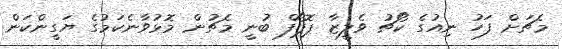
މެޗަށް ފަހު ނިއުގެ ކޯޗު ވެލީޒާ ޕޮޕޯފް ބުނީ މެޗުން މޮޅުވާނެކަމުގެ ޔަގީންކަން